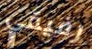
رفيقي